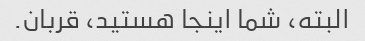
البته، شما اینجا هستید، قربان.